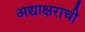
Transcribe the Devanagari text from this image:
अद्याक्षराची